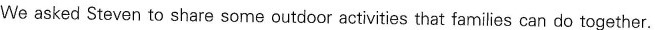
We asked Steven to share some outdoor activities that families can do together.